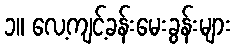
၁။ လေ့ကျင့်ခန်းမေးခွန်းများ